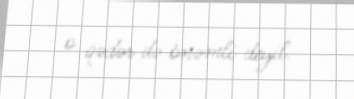
o qədər də önəmli deyil.